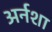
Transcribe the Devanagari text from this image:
अर्नशा